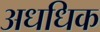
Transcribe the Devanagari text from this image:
अधधिक